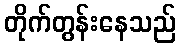
တိုက်တွန်းနေသည်